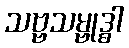
သဗ္ဗသမ္ဗုဒ္ဓါ